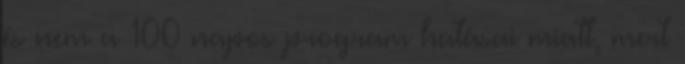
és nem a 100 napos program hatásai miatt, mert